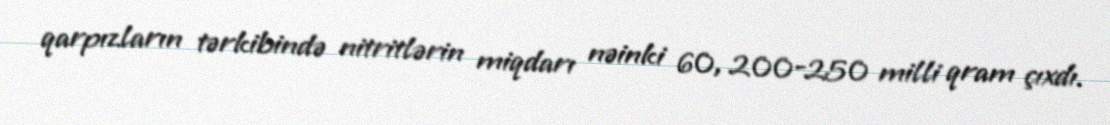
qarpızların tərkibində nitritlərin miqdarı nəinki 60, 200-250 milli qram çıxdı.